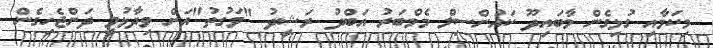
މިކަމާއި ގުޅިގެން މާބައިދޫ ކައުންސިލް މެމްބަރު އަބްދު ރަޝީދު "ވަގުތު"އަށް ވިދާޅުވީ ދަންޖެހިގެން